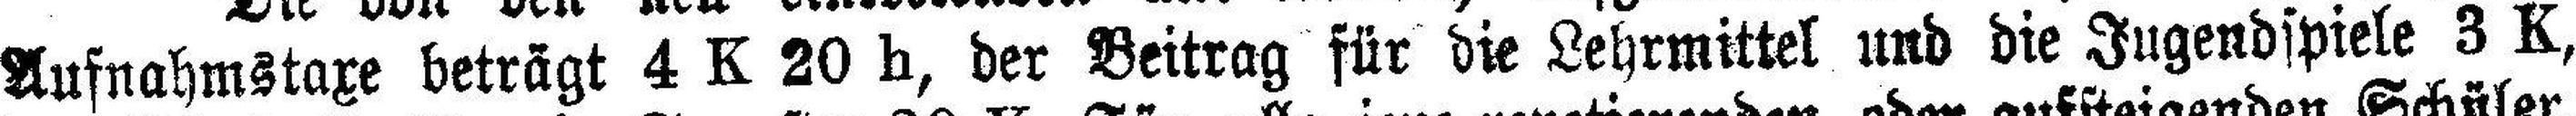
Aufnahmstaxe beträgt 4 K 20 h, der Beitrag für die Lehrmittel und die Jugendspiele 3 K,